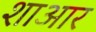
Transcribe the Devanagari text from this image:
शाआर